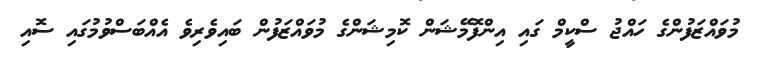
މުވައްޒަފުންގެ ހައްޖު ސްކީމް ގައި އިންފޮމޭޝަން ކޮމިޝަންގެ މުވައްޒަފުން ބައިވެރިވެ އެއްބަސްވުމުގައި ސޮއި